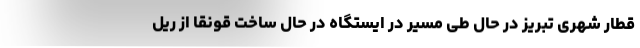
قطار شهری تبریز در حال طی مسیر در ایستگاه در حال ساخت قونقا از ریل